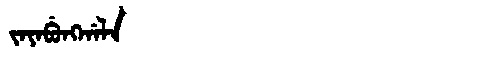
Manchu: ᠵᠠᠶᠠᠪᡠᠩᡤᠠᠯᠠ
Romanization: JAYABUNGGALA